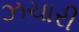
ઝચારી